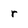
Character: r